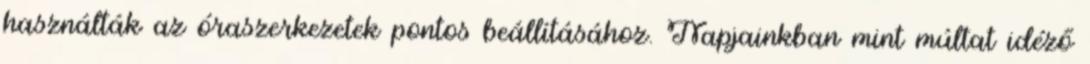
használták az óraszerkezetek pontos beállításához. Napjainkban mint múltat idéző